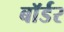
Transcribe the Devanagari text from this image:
बाॅर्डर